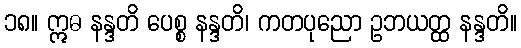
၁၈။ ဣဓ နန္ဒတိ ပေစ္စ နန္ဒတိ၊ ကတပုညော ဥဘယတ္ထ နန္ဒတိ။